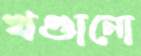
খণ্ডানো